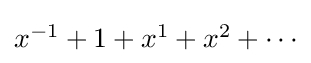
{\textstyle x^{-1}+1+x^{1}+x^{2}+\cdots }